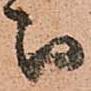
被